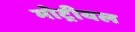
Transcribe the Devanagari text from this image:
मोट्रीयल